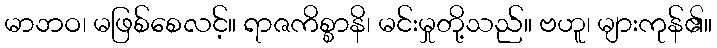
မာဘဝ၊ မဖြစ်စေလင့်။ ရာဇကိစ္စာနိ၊ မင်းမှုတို့သည်။ ဗဟူ၊ များကုန်၏။